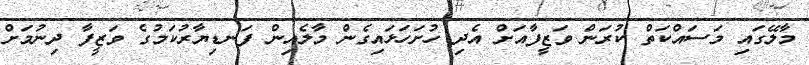
މާލޭގައި މަސައްކަތް ކުރަން ވަޒީފާއަށް އެދި ހުށަހަޅައިގެން މާލެއިން ފަނޑިޔާރުކަމުގެ ވަޒީފާ ދިނުމަށް